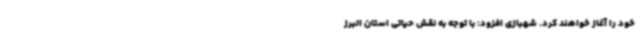
خود را آغاز خواهند کرد. شهبازی افزود: با توجه به نقش حیاتی استان البرز